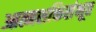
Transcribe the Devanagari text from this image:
आत्मशक्तिसंभूत